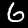
Digit: 6